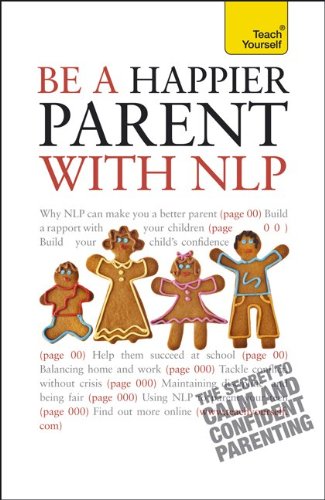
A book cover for Be a Happier Parent with NLP: A Teach Yourself Guide (Teach Yourself: General Reference); Judy Bartkowiak; Self-Help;